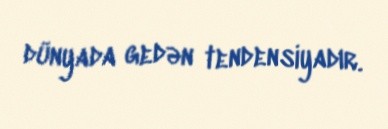
dünyada gedən tendensiyadır.